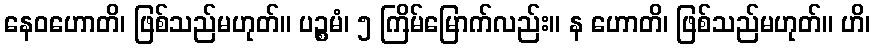
နေဝဟောတိ၊ ဖြစ်သည်မဟုတ်။ ပဉ္စမံ၊ ၅ ကြိမ်မြောက်လည်း။ န ဟောတိ၊ ဖြစ်သည်မဟုတ်။ ဟိ၊